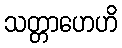
သတ္တာဟေဟိ